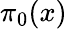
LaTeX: \pi_{0}(x)